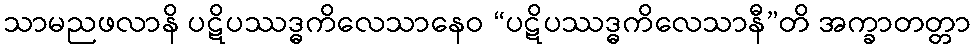
သာမညဖလာနိ ပဋိပဿဒ္ဓကိလေသာနေဝ “ပဋိပဿဒ္ဓကိလေသာနီ”တိ အက္ခာတတ္တာ